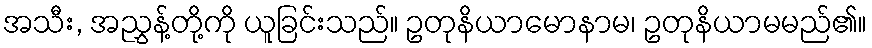
အသီး, အညွှန့်တို့ကို ယူခြင်းသည်။ ဥတုနိယာမောနာမ၊ ဥတုနိယာမမည်၏။